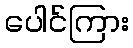
ပေါင်ကြား